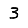
Digit: 3